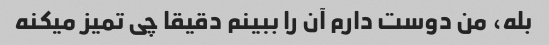
بله، من دوست دارم آن را ببینم دقیقا چی تمیز میکنه